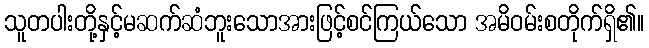
သူတပါးတို့နှင့်မဆက်ဆံဘူးသောအားဖြင့်စင်ကြယ်သော အမိဝမ်းစတိုက်ရှိ၏။